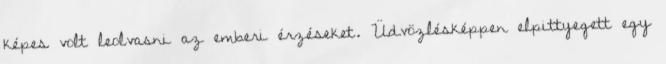
képes volt leolvasni az emberi érzéseket. Üdvözlésképpen elpittyegett egy